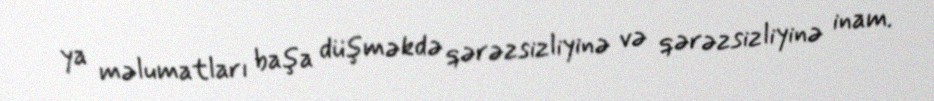
ya məlumatları başa düşməkdə qərəzsizliyinə və qərəzsizliyinə inam.